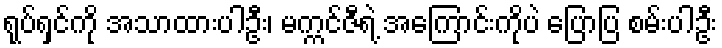
ရုပ်ရှင်ကို အသာထားပါဦး၊ မက္ကင်ဇီရဲ့ အကြောင်းကိုပဲ ပြောပြ စမ်းပါဦး